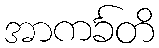
အာကင်္ခတိ